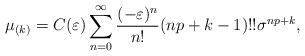
LaTeX: \begin{align*}\mu_{(k)}=C(\varepsilon)\sum_{n=0}^{\infty} \frac{(-\varepsilon)^{n}}{n!} (np+k-1)!! \sigma^{np+k},\end{align*}